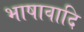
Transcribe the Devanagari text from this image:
भाषावादि